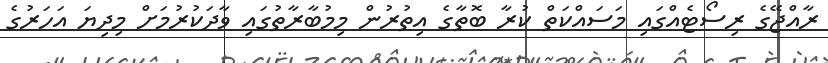
ރާއްޖޭގެ ރިސޯޓެއްގައި މަސައްކަތް ކުރާ ބޮތާގެ އިތުރުން މިމުބާރާތުގައި ވާދަކުރުމަށް މިދިޔަ އަހަރުގެ